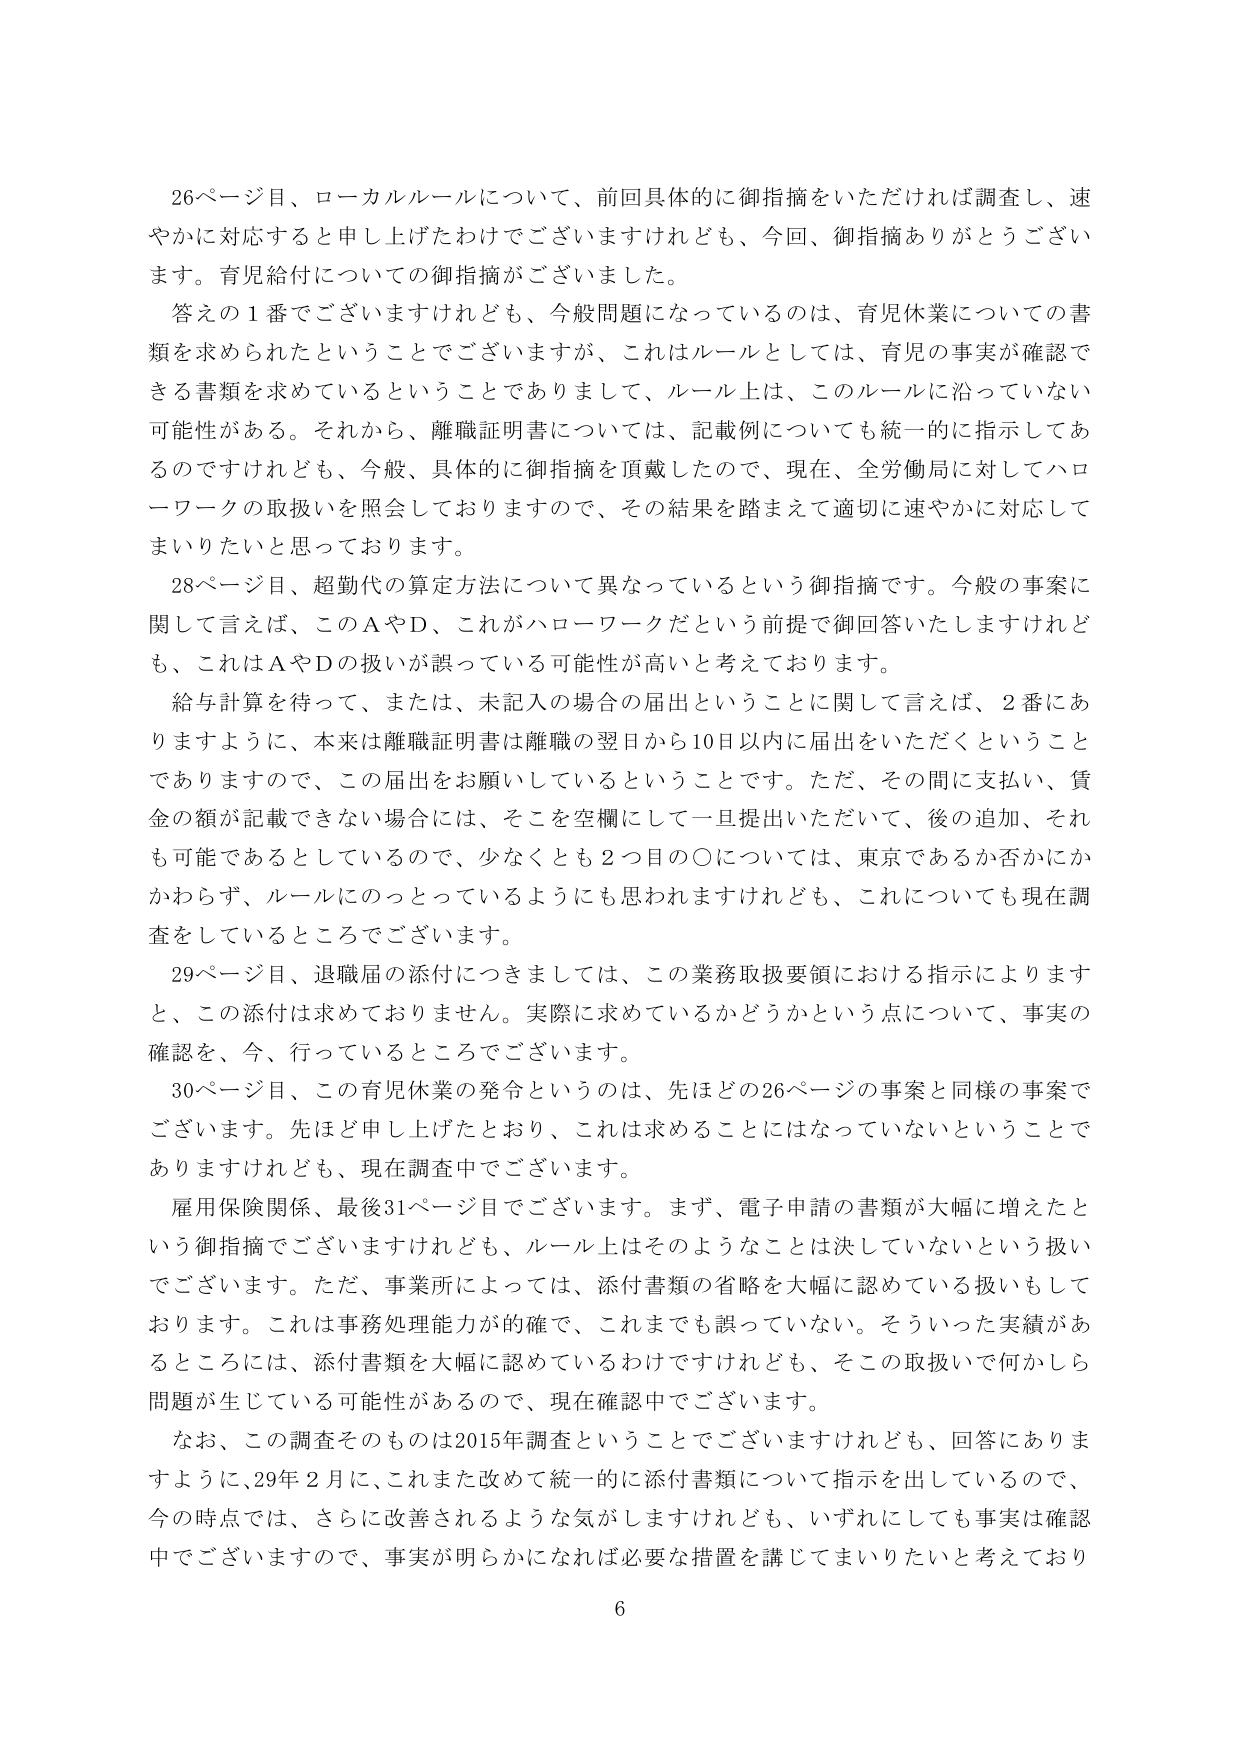
26ページ目、ローカルルールについて、前回具体的に御指摘をいただければ調査し、速やかに対応すると申し上げたわけでございますけれども、今回、御指摘ありがとうございます。育児給付についての御指摘がございました。

答えの1番でございますけれども、今般問題になっているのは、育児休業についての書類を求められたということでございますが、これはルールとしては、育児の事実が確認できる書類を求めているということでありますして、ルール上は、このルールに沿っていない可能性がある。それから、離職証明書については、記載例についても統一的に指示してあるのですけれども、今般、具体的に御指摘を頂戴したので、現在、全労働局に対してハローワークの取扱いを照会しておりますので、その結果を踏まえて適切に速やかに対応してまいりたいと思っております。

28ページ目、超勤代の算定方法について異なっているという御指摘です。今般の事案に関して言えば、このAやD、これがハローワークだという前提で御回答いたしますけれども、これはAやDの扱いが誤っている可能性が高いと考えております。

給与計算を待って、または、未記入の場合の届出ということに関して言えば、2番にありますように、本来は離職証明書は離職の翌日から10日以内に届出をいただくということでありまして、この届出をお願いしているということです。ただ、その間に支払い、賃金の額が記載できない場合には、そこを空欄にして一旦提出いただいて、後の追加、それも可能であるとしているので、少なくとも2つ目の〇については、東京であるか否かにかかわらず、ルールにのっとっているようにも思われますけれども、これについても現在調査をしているところでございます。

29ページ目、退職届の添付につきましては、この業務取扱要領における指示によりますと、この添付は求めておりません。実際に求めているかどうかという点について、事実の確認を、今、行っているところでございます。

30ページ目、この育児休業の発令というのは、先ほど26ページの事案と同様の事案でございます。先ほど申し上げたとおり、これは求めることにはなっていないということでありますけれども、現在調査中でございます。

雇用保険関係、最後31ページ目でございます。まず、電子申請の書類が大幅に増えたという御指摘でございますけれども、ルール上はそのようなことは決していないという扱いでございます。ただ、事業所によっては、添付書類の省略を大幅に認めている扱いもしております。これは事務処理能力が的確で、これまでも誤っていない。そういった実績があるところには、添付書類を大幅に認めているわけですがけれども、そこの取扱いで何かしら問題が生じている可能性があるので、現在確認中でございます。

なお、この調査そのものは2015年調査ということでございますけれども、回答にありますように、29年2月に、これまた改めて統一的に添付書類について指示を出しているので、今の時点では、さらに改善されるような気がしますけれども、いずれにしても事実は確認中でございますので、事実が明らかになれば必要な措置を講じてまいりたいと考えており

6